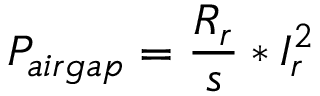
P _ { a i r g a p } = { \frac { R _ { r } } { s } } * I _ { r } ^ { 2 }